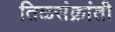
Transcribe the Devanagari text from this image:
तिळसंक्रांती